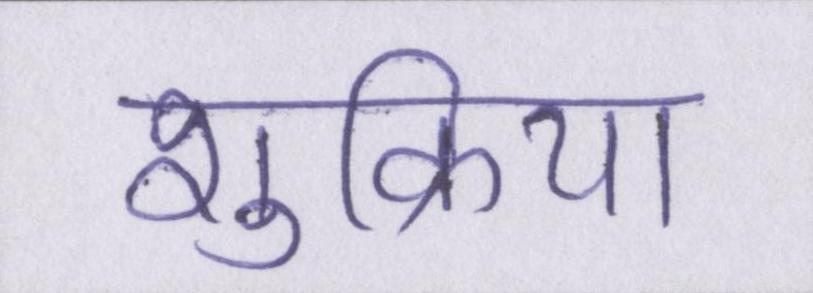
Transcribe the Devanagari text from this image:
शुक्रिया